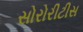
સોરોરીટીસ